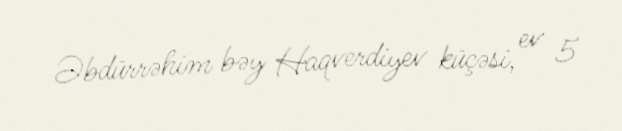
Əbdürrəhim bəy Haqverdiyev küçəsi, ev 5